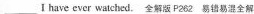
___I have ever watched.全解版P262.易错易混全解